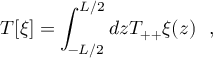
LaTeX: T [ \xi ] = \int _ { - L / 2 } ^ { L / 2 } d z T _ { + + } \xi ( z ) ~ ~ ,